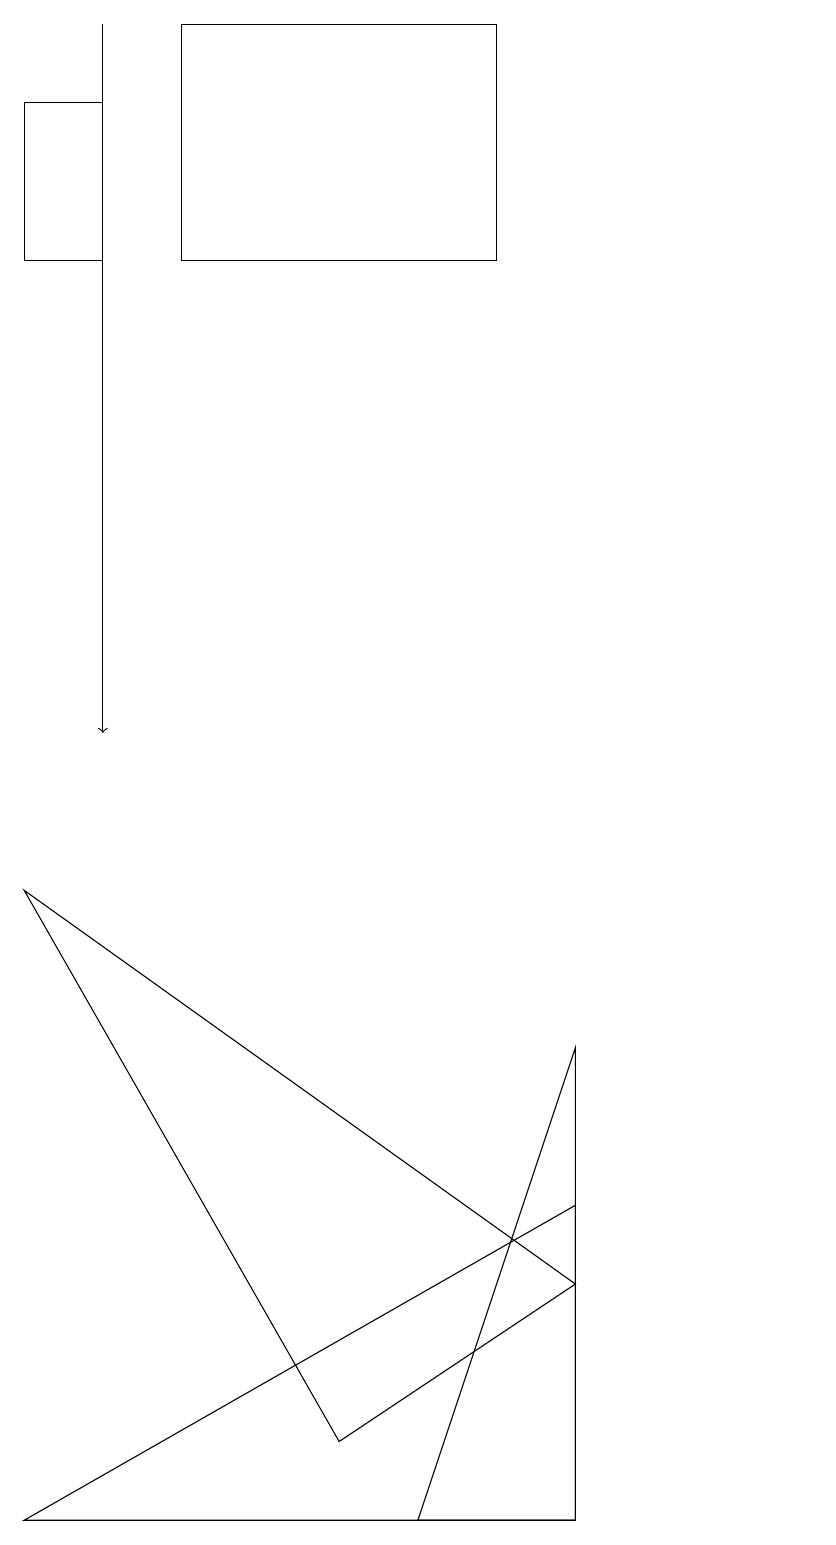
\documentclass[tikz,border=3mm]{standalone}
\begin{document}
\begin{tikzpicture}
\draw (11,11) circle (0);
\draw (6,0) -- (8,6) -- (8,0) -- cycle;
\draw (8,4) -- (8,0) -- (1,0) -- cycle;
\draw (5,1) -- (8,3) -- (1,8) -- cycle;
\draw (1,18) rectangle (2,16);
\draw (3,16) rectangle (7,19);
\draw[->] (2,19) -- (2,10);
\draw (4,18) rectangle (4,18);
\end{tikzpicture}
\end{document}